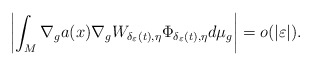
\begin{align*}\left|\int_{M}\nabla_{g}a(x)\nabla_{g}W_{\delta_{\varepsilon}(t),\eta}\Phi_{\delta_{\varepsilon}(t),\eta}d\mu_{g}\right|=o(|\varepsilon|).\end{align*}